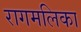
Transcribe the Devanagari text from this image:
रागमलिका